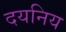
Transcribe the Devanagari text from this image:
दयनिय